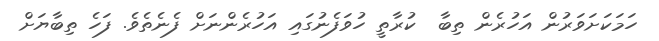
ހަމަކަށަވަރުން އަހުރެން ތިބާ  ކުރާތީ ހުވަފެނުގައި އަހުރެންނަށް ފެނެތެވެ. ފަހެ ތިބާޔަށް